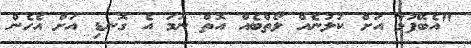
"އެބޭފުޅާ އަށް ކުލުނެއް ލޯތްބެއް އޮތް ނަމަ އެ ގޮނޑި އަށް އެހެން